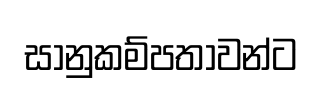
සානුකම්පතාවන්ට